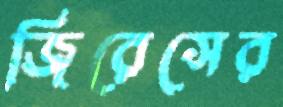
জিরেসের